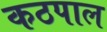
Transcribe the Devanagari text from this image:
कठपाल